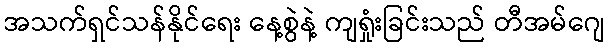
အသက်ရှင်သန်နိုင်ရေး နေ့စွဲနဲ့ ကျရှုံးခြင်းသည် တီအမ်ဂျေ